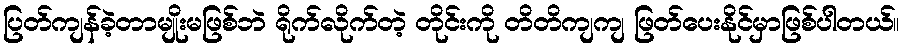
ပြတ်ကျန်ခဲ့တာမျိုးမဖြစ်ဘဲ ရိုက်လိုက်တဲ့ တိုင်းကို တိတိကျကျ ဖြတ်ပေးနိုင်မှာဖြစ်ပါတယ်။